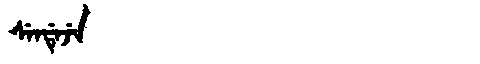
Manchu: ᠰᡝᠨᡩᡝᠵᡝ
Romanization: SENDEJE